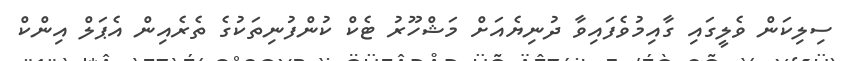
ސިލިކަން ވެލީގައި ގާއިމުވެފައިވާ ދުނިޔެއަށް މަޝްހޫރު ޓެކް ކުންފުނިތަކުގެ ތެރެއިން އެޕަލް އިންކް